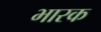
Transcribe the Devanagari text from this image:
भारक